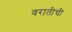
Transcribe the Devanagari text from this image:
वरातीची